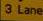
3